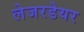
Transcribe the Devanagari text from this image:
लेजरडेयर